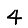
Digit: 4